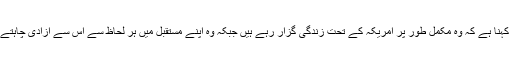
ان کا کہنا ہے کہ وہ مکمل طور پر امریکہ کے تحت زندگی گزار رہے ہیں جبکہ وہ اپنے مستقبل میں ہر لحاظ سے اس سے آزادی چاہتے ہیں ۔